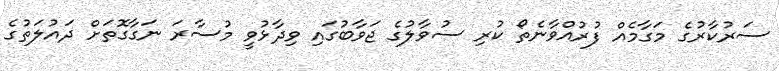
ސަރުކާރުގެ މަގާމެއް ފުރުއްވާނެތޯ ކުރި ސުވާލުގެ ޖަވާބުގައި ވިދާޅުވީ މުސާރަ ނަގާގޮތަށް ދައުލަތުގެ